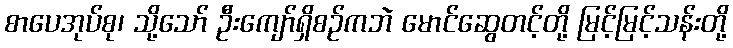
စာပေအုပ်စု၊ သို့သော် ဦးကျော်ရှိစဉ်ကဘဲ မောင်ဆွေတင့်တို့ မြင့်မြင့်သန်းတို့